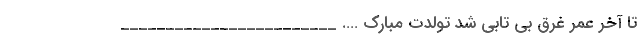
تا آخر عمر غرق بی تابی شد تولدت مبارک …. ________________________